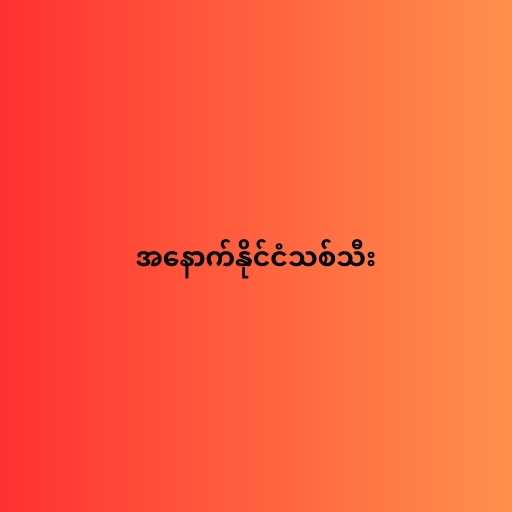
အနောက်နိုင်ငံသစ်သီး